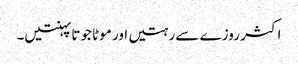
اکثر روزے سے رہتیں اور موٹا جوتا پہنتیں۔